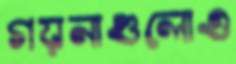
গয়নাগুলোও